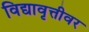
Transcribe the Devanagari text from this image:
विद्यावृत्तीवर